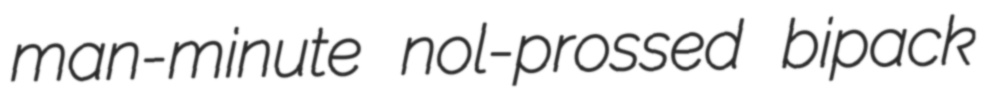
man-minute nol-prossed bipack